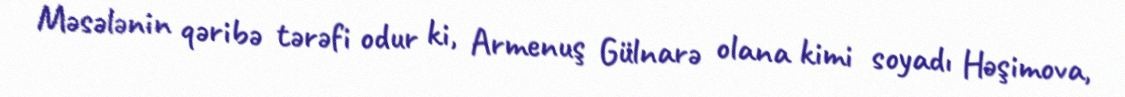
Məsələnin qəribə tərəfi odur ki, Armenuş Gülnarə olana kimi soyadı Həşimova,